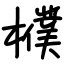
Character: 㯷